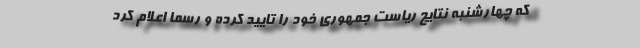
که چهارشنبه نتایج ریاست جمهوری خود را تایید کرده و رسما اعلام کرد